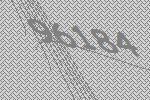
96184